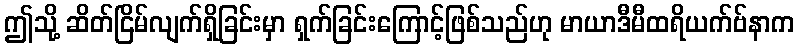
ဤသို့ ဆိတ်ငြိမ်လျက်ရှိခြင်းမှာ ရှက်ခြင်းကြောင့်ဖြစ်သည်ဟု မာယာဒီမီထရိယက်ဗ်နာက